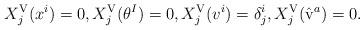
LaTeX: \begin{align*}X^{\rm V}_j(x^i)=0, X_j^{\rm V}(\theta^I)=0, X_j^{\rm V}(v^i) = \delta_j^i,X_j^{\rm V}(\hat{\rm v}^a)=0.\end{align*}